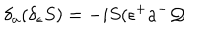
LaTeX: \delta _ { a } ( \delta _ { \epsilon } S ) = - i S ( \epsilon ^ { + } a ^ { - } \mathcal { Q }